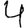
Digit: 4